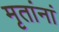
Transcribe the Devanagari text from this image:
मृतांनां